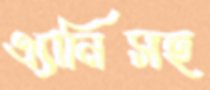
এ্যানিসহ